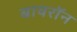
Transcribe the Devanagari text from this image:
बायराॅन